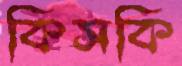
কিসকি